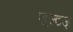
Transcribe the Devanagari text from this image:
शुल्टज़